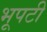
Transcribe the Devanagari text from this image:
भूपटी